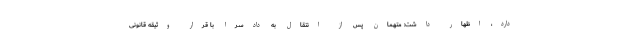
دارد، اظهار داشت: متهمان پس از انتقال به دادسرا با قرار وثیقه قانونی